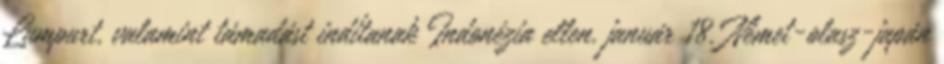
Lumpurt, valamint támadást indítanak Indonézia ellen. január 18. Német-olasz-japán